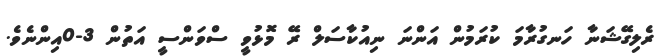
ރެލިގޭޝަނާ ހަނގުރާމަ ކުރަމުން އަންނަ ނިއުކާސަލް ރޭ މޮޅުވީ ސްވަންސީ އަތުން 3-0އިންނެވެ.